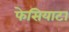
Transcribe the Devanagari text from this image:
फेसियाटा